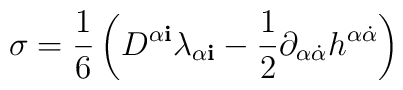
\sigma =\frac{1}{6}\left( D^{\alpha{\mathbf i}}\lambda_{\alpha{\mathbf i}}-\frac{1}{2}\partial_{\alpha{\dot{\alpha}}}h^{\alpha{\dot{\alpha}}}\right)